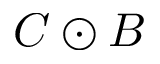
{ C \odot B }